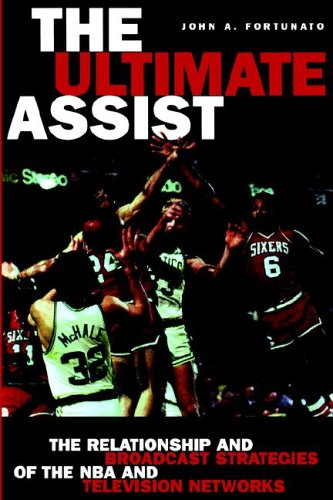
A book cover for The Ultimate Assist: The Relationship and Broadcast Strategies of the Nba and Television Networks (Hampton Press Communication Series: Mass Media and Journalism); John A. Fortunato; Sports & Outdoors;